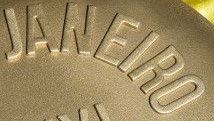
JANEIRO